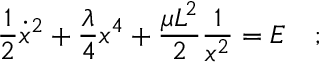
{ \frac { 1 } { 2 } } { \dot { x } } ^ { 2 } + { \frac { \lambda } { 4 } } x ^ { 4 } + { \frac { \mu L ^ { 2 } } { 2 } } { \frac { 1 } { x ^ { 2 } } } = E ~ ~ ~ ;